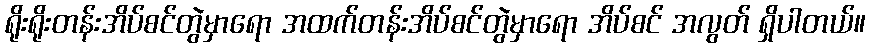
ရိုးရိုးတန်းအိပ်စင်တွဲမှာရော အထက်တန်းအိပ်စင်တွဲမှာရော အိပ်စင် အလွတ် ရှိပါတယ်။